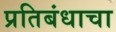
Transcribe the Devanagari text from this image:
प्रतिबंधाचा